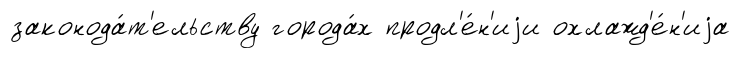
законода́т'ельству города́х продл'е́н'иjи охлажд'е́н'иjа